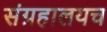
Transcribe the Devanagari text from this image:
संग्रहालयच